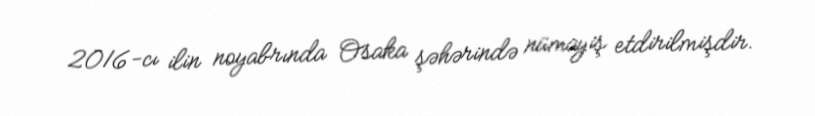
2016-cı ilin noyabrında Osaka şəhərində nümayiş etdirilmişdir.